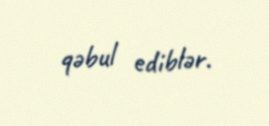
qəbul ediblər.